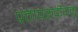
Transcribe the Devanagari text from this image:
प्रतापरुद्रीयमु